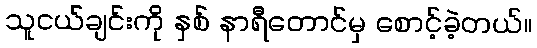
သူငယ်ချင်းကို နှစ် နာရီတောင်မှ စောင့်ခဲ့တယ်။